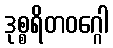
ဒုစ္စရိတဝဂ္ဂေါ